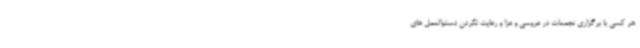
هر کسی با برگزاری تجمعات در عروسی و عزا و رعایت نکردن دستوالعمل‌ های